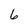
Character: 6